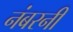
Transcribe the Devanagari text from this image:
नंबरनी